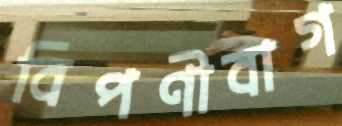
বিপণীবাগ